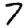
Digit: 7